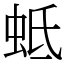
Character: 蚳